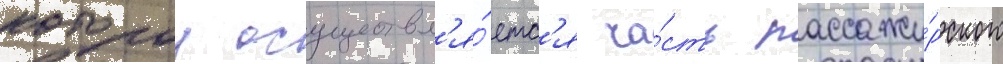
которои осуществл'я́етс'я ча́сть пассажи́рского